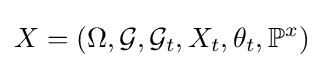
X=(\Omega ,{\mathcal {G}},{\mathcal {G}}_{t},X_{t},\theta _{t},\mathbb {P} ^{x})